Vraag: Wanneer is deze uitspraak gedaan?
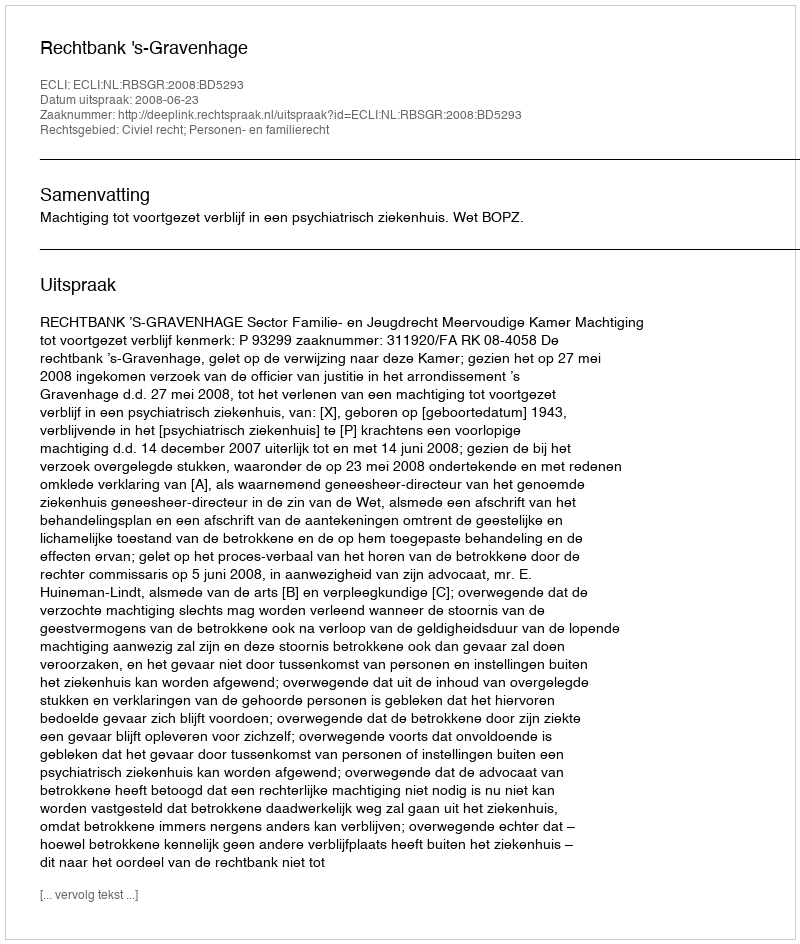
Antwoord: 2008-06-23